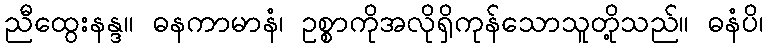
ညီထွေးနန္ဒ။ ဓနကာမာနံ၊ ဥစ္စာကိုအလိုရှိကုန်သောသူတို့သည်။ ဓနံပိ၊